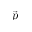
\vec { p }